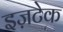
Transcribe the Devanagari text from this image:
इज़टेक